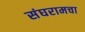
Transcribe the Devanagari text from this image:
संघरामचा